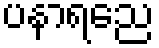
ပနာရညေ